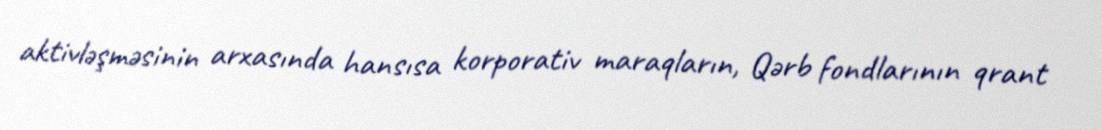
aktivləşməsinin arxasında hansısa korporativ maraqların, Qərb fondlarının qrant